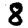
Digit: 8